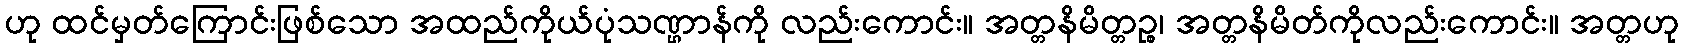
ဟု ထင်မှတ်ကြောင်းဖြစ်သော အထည်ကိုယ်ပုံသဏ္ဌာန်ကို လည်းကောင်း။ အတ္တနိမိတ္တဉ္စ၊ အတ္တနိမိတ်ကိုလည်းကောင်း။ အတ္တဟု